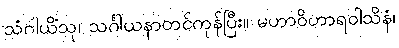
သံဂါယိံသု၊ သင်္ဂါယနာတင်ကုန်ပြီး။ မဟာဝိဟာရဝါသိနံ၊